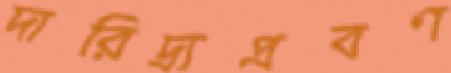
দারিদ্র্যপ্রবণ